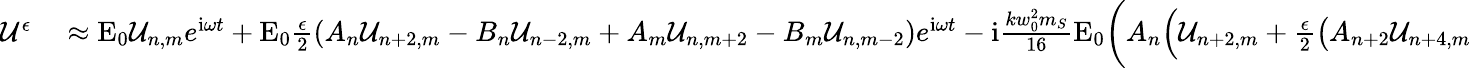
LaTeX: \begin{array}{rl}{\mathcal{U}^{\epsilon}}&{{}\approx\mathrm{E}_{0}\mathcal{U}_{n,m}e^{\mathrm{i}\omega t}+\mathrm{E}_{0}\frac{\epsilon}{2}\left(A_{n}\mathcal{U}_{n+2,m}-B_{n}\mathcal{U}_{n-2,m}+A_{m}\mathcal{U}_{n,m+2}-B_{m}\mathcal{U}_{n,m-2}\right)e^{\mathrm{i}\omega t}-\mathrm{i}\frac{kw_{0}^{2}m_{S}}{16}\mathrm{E}_{0}\bigg(A_{n}\Big(\mathcal{U}_{n+2,m}+\frac{\epsilon}{2}\big(A_{n+2}\mathcal{U}_{n+4,m}}\end{array}